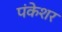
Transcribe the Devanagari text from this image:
पंकेशर